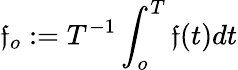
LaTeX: \mathfrak{f}_{o}:=T^{-1}\int_{o}^{T}\mathfrak{f}(t)dt